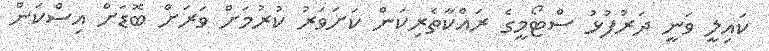
ކައިލީ ވަނީ ދަރުފުޅު ސްޓޯމީގެ ރައްކާތެރިކަން ކަށަވަރު ކުރުމަށް ވަރަށް ބޮޑަށް އިސްކަން